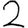
Digit: 2